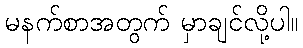
မနက်စာအတွက် မှာချင်လို့ပါ။